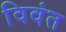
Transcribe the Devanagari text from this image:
विवंत